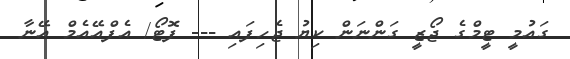
ގައުމީ ޓީމްގެ ޖޯޒީ ގަންނަން ކިޔު ޖެހިފައި --- ފޮޓޯ/ އެފްއޭއެމް އޭނާ